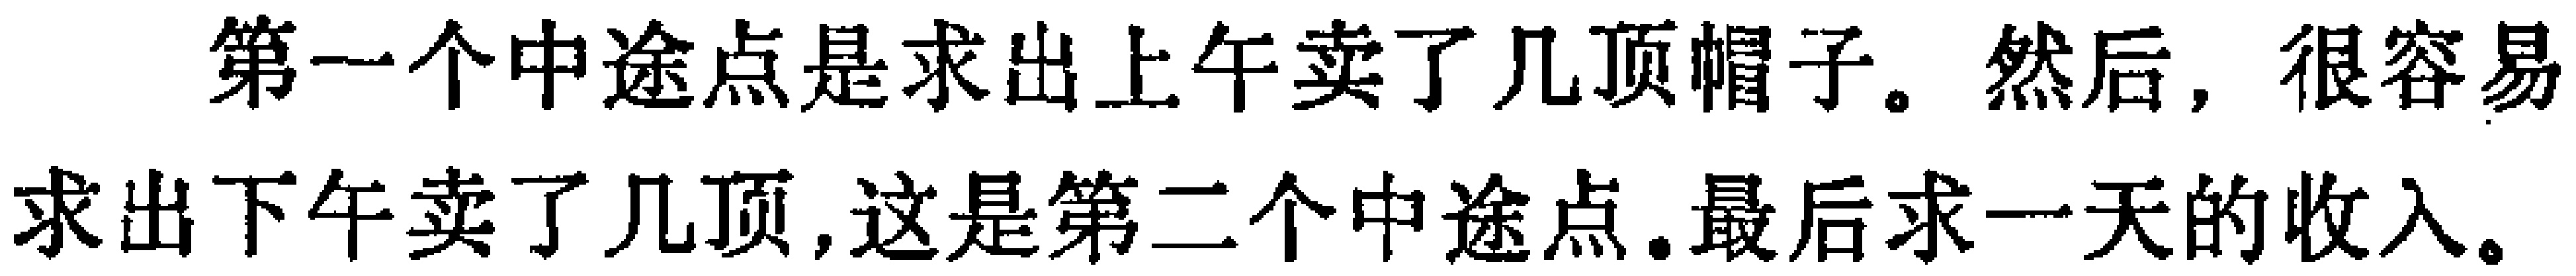
第一个中途点是求出上午卖了几顶帽子。然后，很容易求出下午卖了几顶,这是第二个中途点.最后求一天的收入。